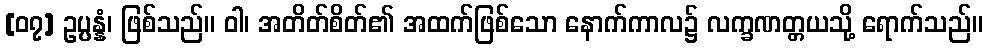
[၀၇] ဥပ္ပန္နံ၊ ဖြစ်သည်။ ဝါ၊ အတိတ်စိတ်၏ အထက်ဖြစ်သော နောက်ကာလ၌ လက္ခဏတ္တယသို့ ရောက်သည်။